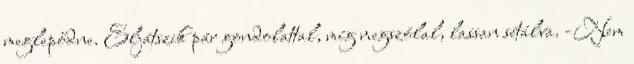
meglepődne. Eljátszik pár gondolattal, míg megszólal, lassan sétálva. -Nem